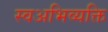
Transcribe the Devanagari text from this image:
स्वअभिव्यक्ति